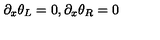
\partial _ { x } \theta _ { L } = 0 , \partial _ { x } \theta _ { R } = 0